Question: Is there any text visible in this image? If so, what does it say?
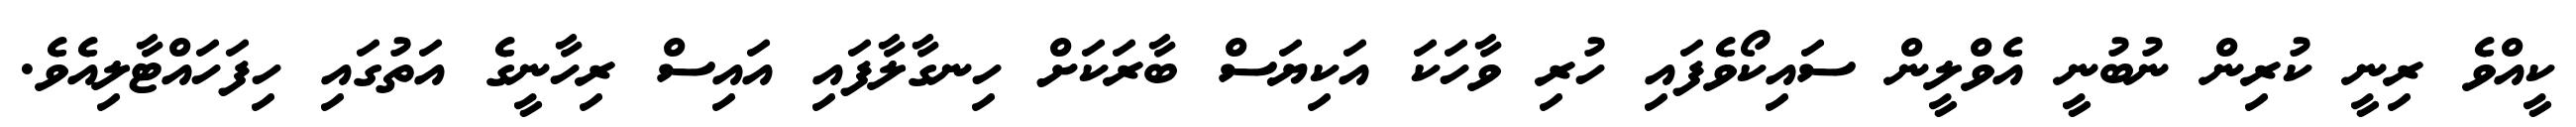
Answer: ކީއްވެ ރިނީ ކުރިން ނުބުނީ އެވްލީން ސައިކޯވެފައި ހުރި ވާހަކަ އަކިޔަސް ބާރަކަށް ހިނގާލާފައި އައިސް ރިހާނީގެ އަތުގައި ހިފަހައްޓާލިއެވެ.